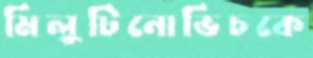
মিলুটিনোভিচকে